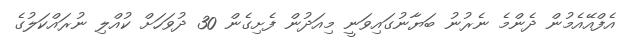
އެފްއޭއެމުން ދެންމެ ނެރުނު ބަޔާނުގައިވަނީ މިއަދުން ފެށިގެން 30 ދުވަހަށް ކުއްލި ނުރައްކަލުގެ